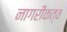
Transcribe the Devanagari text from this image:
नागरीकत्व